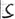
Text: S